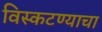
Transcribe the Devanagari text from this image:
विस्कटण्याचा